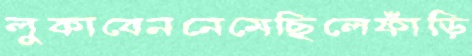
লুকাবেননেমেছিলেফাঁড়ি